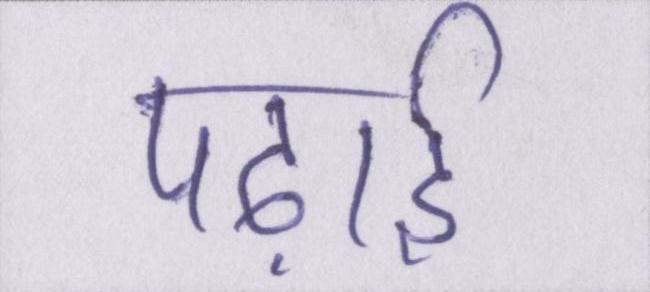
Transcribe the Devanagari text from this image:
पढ़ाई